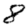
Digit: 8